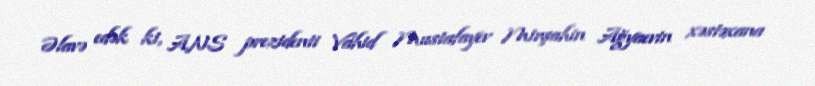
Əlavə edək ki, ANS prezidenti Vahid Mustafayev Mirşahin Ağyaevin xəstəxana